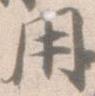
用